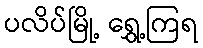
ပလိပ်မြို့ ရွှေ့ကြရ